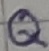
Text: Q